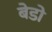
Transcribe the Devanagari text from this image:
बेडो